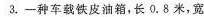
3.-种车载铁皮油箱，长0.8米，宽